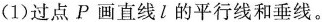
(1)过点P画直线l的平行线和垂线。